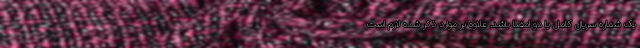
یک شماره سریال کامل یا دو امضا باشد. علاوه بر موارد ذکر شده لازم است